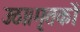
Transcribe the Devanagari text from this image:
उठा।मृतकों